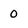
Character: 0